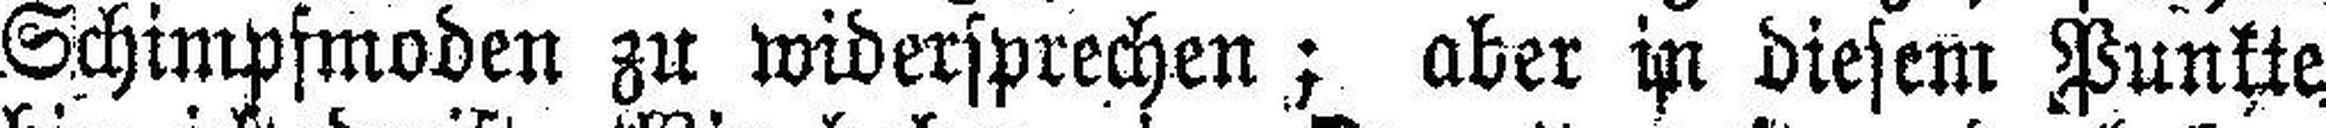
Schimpfmoden zu widersprechen; aber in diesem Punkte